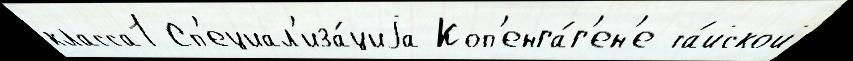
класса1 Сп'ециал'иза́циjа Коп'енга́г'ен'е та́йской